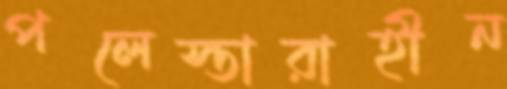
পলেস্তারাহীন